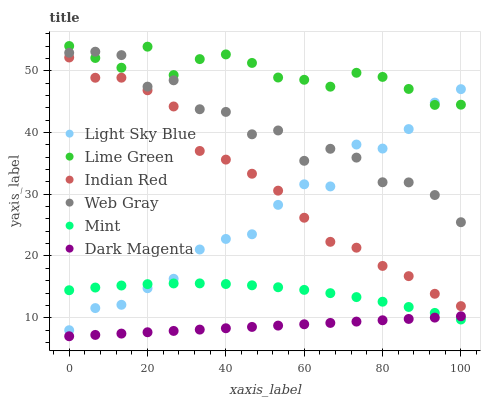
| xaxis_label | Light Sky Blue | Lime Green | Indian Red | Web Gray | Mint | Dark Magenta |
 | --- | --- | --- | --- | --- | --- | --- |
 | 0 | 7.98 | 54 | 52.1 | 52.9 | 14.5 | 7 |
 | 6.67 | 11.6 | 52.1 | 48.9 | 53.1 | 14.9 | 7.22 |
 | 13.3 | 12.1 | 50.5 | 48.9 | 52.5 | 15.2 | 7.43 |
 | 20 | 14.8 | 53.9 | 46.8 | 47.4 | 15.4 | 7.65 |
 | 26.7 | 16.3 | 49.3 | 44.2 | 48.4 | 15.6 | 7.86 |
 | 33.3 | 21.1 | 51.9 | 37 | 43.8 | 15.6 | 8.08 |
 | 40 | 22.8 | 52.6 | 35.6 | 43.3 | 15.5 | 8.29 |
 | 46.7 | 23.5 | 51.3 | 33.3 | 39.7 | 15.2 | 8.51 |
 | 53.3 | 28.3 | 48.9 | 30.6 | 40.3 | 14.9 | 8.73 |
 | 60 | 31.6 | 48.5 | 26.2 | 35.4 | 14.5 | 8.94 |
 | 66.7 | 31.3 | 47.4 | 22.3 | 37.4 | 14 | 9.16 |
 | 73.3 | 38 | 49.7 | 21.3 | 35.9 | 13.3 | 9.37 |
 | 80 | 37.4 | 49 | 18.4 | 31.9 | 12.6 | 9.59 |
 | 86.7 | 40.5 | 47 | 16.7 | 31.9 | 11.7 | 9.8 |
 | 93.3 | 44.8 | 44.5 | 13.9 | 29.9 | 10.8 | 10 |
 | 100 | 47 | 44.5 | 11.9 | 25.5 | 9.71 | 10.2 |